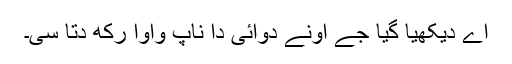
اے دیکھیا گیا جے اونے دوائی دا ناپ واوا رکھ دتا سی۔